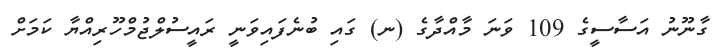
ގާނޫނު އަސާސީގެ 109 ވަނަ މާއްދާގެ (ނ) ގައި ބުނެފައިވަނީ ރައީސުލްޖުމްހޫރިއްޔާ ކަމަށް